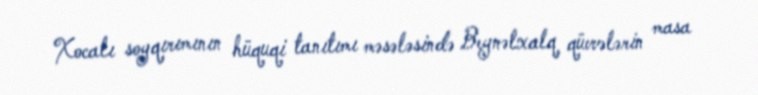
Xocalı soyqırımının hüquqi tanıtımı məsələsində Beynəlxalq qüvvələrin masa